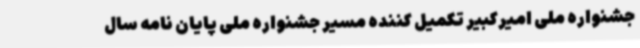
جشنواره ملی امیرکبیر تکمیل کننده مسیر جشنواره ملی پایان نامه سال